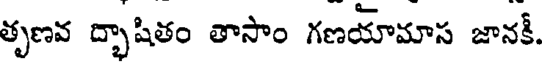
తృణవ ద్భాషితం తాసాం గణయామాస జానకీ.